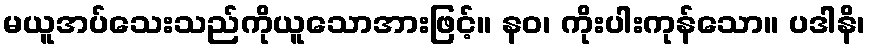
မယူအပ်သေးသည်ကိုယူသောအားဖြင့်။ နဝ၊ ကိုးပါးကုန်သော။ ပဒါနိ၊